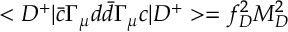
< D ^ { + } \vert \bar { c } \Gamma _ { \mu } d \bar { d } \Gamma _ { \mu } c \vert D ^ { + } > = f _ { D } ^ { 2 } M _ { D } ^ { 2 }